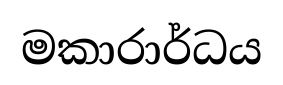
මකාරාර්ධය